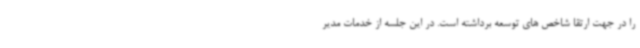
را در جهت ارتقا شاخص های توسعه برداشته است. در این جلسه از خدمات مدیر